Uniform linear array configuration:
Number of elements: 4
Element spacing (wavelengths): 0.25
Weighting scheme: hann
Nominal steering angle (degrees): -15
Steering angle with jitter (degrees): -14.277
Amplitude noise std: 0.05
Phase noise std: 0.05

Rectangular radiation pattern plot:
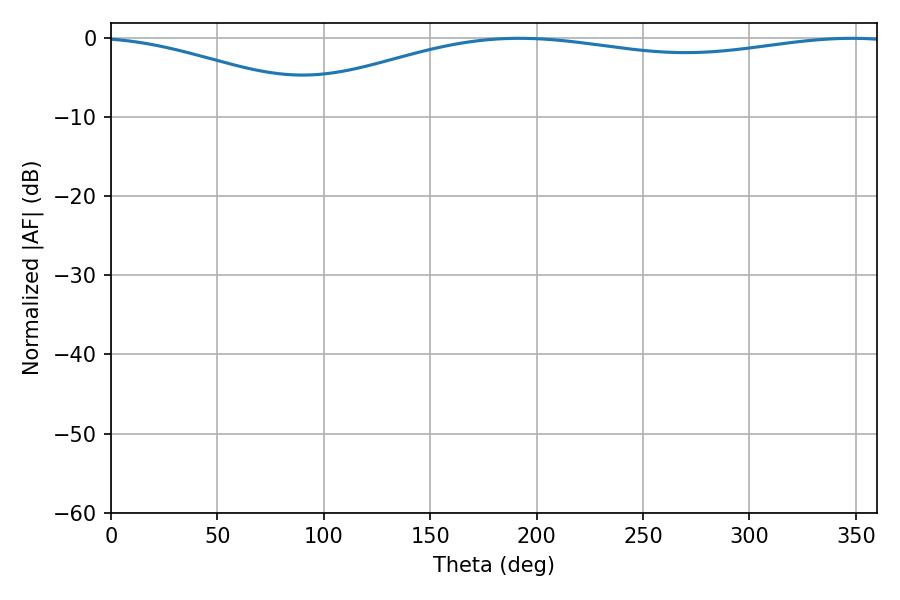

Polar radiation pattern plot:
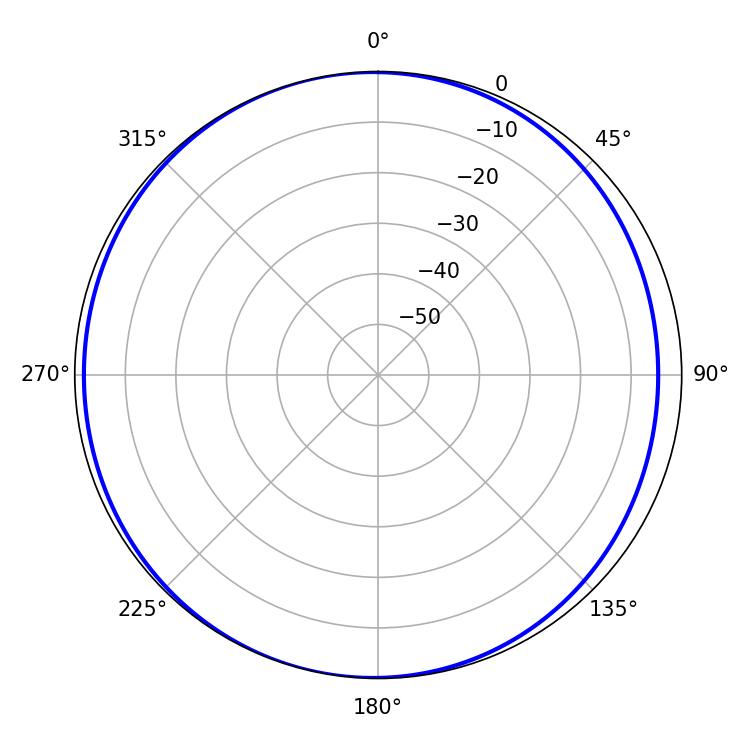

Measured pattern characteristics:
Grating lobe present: FALSE
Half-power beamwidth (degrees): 232.56
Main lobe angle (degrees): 191.88